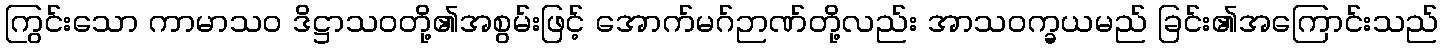
ကြွင်းသော ကာမာသဝ ဒိဋ္ဌာသဝတို့၏အစွမ်းဖြင့် အောက်မဂ်ဉာဏ်တို့လည်း အာသဝက္ခယမည် ခြင်း၏အကြောင်းသည်